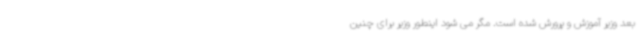
بعد وزیر آموزش و پرورش شده است. مگر می شود اینطور وزیر برای چنین